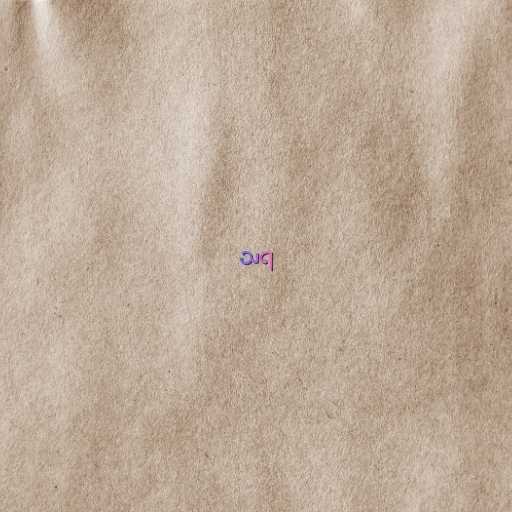
သရ